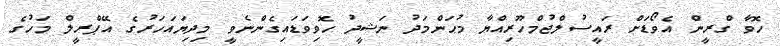
ހޮވާ ގްރީން އެވޯޑަށް ރައީސުލްޖުމްހޫރިއްޔާ މުޙަންމަދު ނަޝީދު ހޮވިވަޑައިގެންނެވީ މިދިޔައަހަރުގެ އޭޕްރީލް މަހުގެ